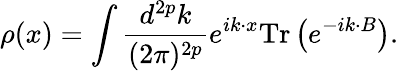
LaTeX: \rho(x)=\int\frac{d^{2p}k}{(2\pi)^{2p}}e^{ik\cdot x}\mathrm{Tr}\left(e^{-ik\cdot B}\right).